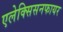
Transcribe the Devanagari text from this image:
एलेक्सिसनफायर